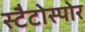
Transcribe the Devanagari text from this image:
स्टैटोस्पोर